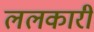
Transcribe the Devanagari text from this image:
ललकारी